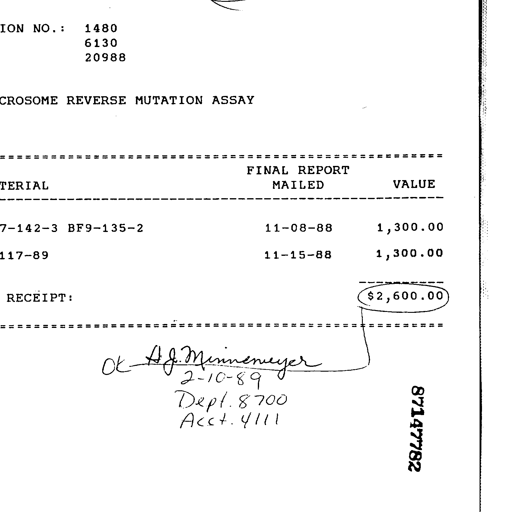
Transcript:
ION NO.: 1480
6130
20988
CROSOME REVERSE MUTATION ASSAY
FINAL REPORT
TERIAL MAILED VALUE
7-142-3 BF9-135-2 11-08-88 1,300.00
117-89 11-15-88 1,300.00
RECEIPT: $2,600.00
ok H.J. Minnemeyer
2-10-89
Dept. 8700
Acct. 4111
87147782